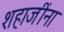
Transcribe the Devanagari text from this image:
शहाजींना